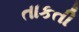
તાકતી